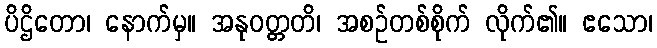
ပိဌိတော၊ နောက်မှ။ အနုဝတ္တတိ၊ အစဉ်တစ်စိုက် လိုက်၏။ ဧသော၊